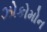
ઝોકોમોન